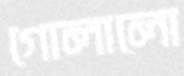
গোলালো